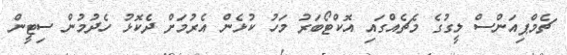
ޗެމްޕިއަންސް ލީގުގެ މެޗެއްގައި އޮކްޓޯބަރު މަހު ކުޅެން އެރުމަށް ދެކޮޅު ހެދުމުން ސިޓީން